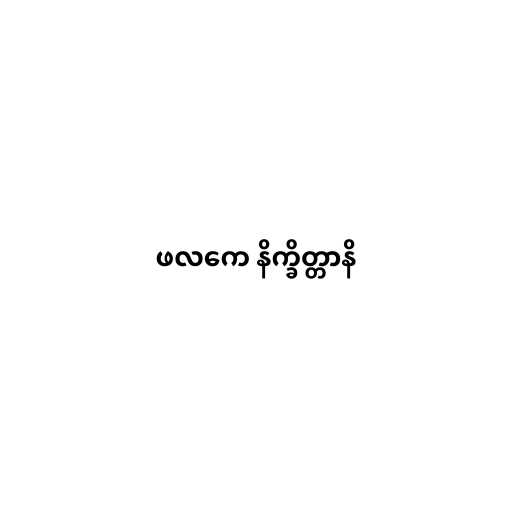
ဖလကေ နိက္ခိတ္တာနိ